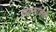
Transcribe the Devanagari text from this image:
व्यासांचेही